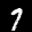
Label: 7